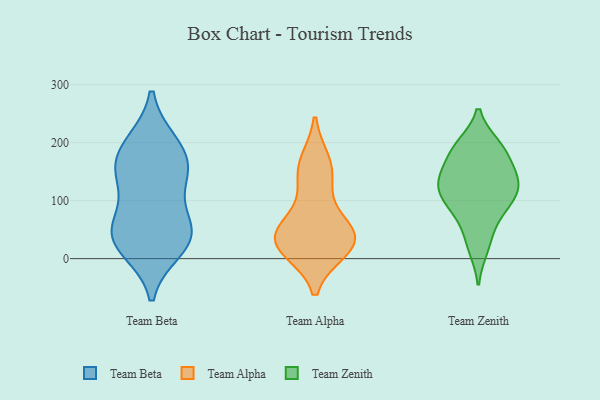
{"axis": {"x": "Tickets Resolved", "y": "Value"}, "legend": ["Team Alpha", "Team Beta", "Team Zenith"], "data": [{"x": "", "y": 159, "type": "Team Beta"}, {"x": "", "y": 64, "type": "Team Beta"}, {"x": "", "y": 51, "type": "Team Beta"}, {"x": "", "y": 199, "type": "Team Beta"}, {"x": "", "y": 17, "type": "Team Beta"}, {"x": "", "y": 148, "type": "Team Beta"}, {"x": "", "y": 199, "type": "Team Beta"}, {"x": "", "y": 35, "type": "Team Beta"}, {"x": "", "y": 50, "type": "Team Beta"}, {"x": "", "y": 26, "type": "Team Beta"}, {"x": "", "y": 131, "type": "Team Beta"}, {"x": "", "y": 159, "type": "Team Beta"}, {"x": "", "y": 125, "type": "Team Alpha"}, {"x": "", "y": 22, "type": "Team Alpha"}, {"x": "", "y": 19, "type": "Team Alpha"}, {"x": "", "y": 55, "type": "Team Alpha"}, {"x": "", "y": 38, "type": "Team Alpha"}, {"x": "", "y": 41, "type": "Team Alpha"}, {"x": "", "y": 157, "type": "Team Alpha"}, {"x": "", "y": 15, "type": "Team Alpha"}, {"x": "", "y": 49, "type": "Team Alpha"}, {"x": "", "y": 166, "type": "Team Alpha"}, {"x": "", "y": 125, "type": "Team Zenith"}, {"x": "", "y": 194, "type": "Team Zenith"}, {"x": "", "y": 31, "type": "Team Zenith"}, {"x": "", "y": 158, "type": "Team Zenith"}, {"x": "", "y": 78, "type": "Team Zenith"}, {"x": "", "y": 133, "type": "Team Zenith"}, {"x": "", "y": 192, "type": "Team Zenith"}, {"x": "", "y": 83, "type": "Team Zenith"}, {"x": "", "y": 121, "type": "Team Zenith"}, {"x": "", "y": 124, "type": "Team Zenith"}, {"x": "", "y": 19, "type": "Team Zenith"}, {"x": "", "y": 186, "type": "Team Zenith"}, {"x": "", "y": 85, "type": "Team Zenith"}, {"x": "", "y": 128, "type": "Team Zenith"}, {"x": "", "y": 111, "type": "Team Zenith"}, {"x": "", "y": 150, "type": "Team Zenith"}, {"x": "", "y": 190, "type": "Team Zenith"}]}